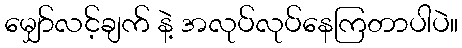
မျှော်လင့်ချက် နဲ့ အလုပ်လုပ်နေကြတာပါပဲ။